Vaccination in Bombay 1856-1862 - 1856-1862
Year: 1856
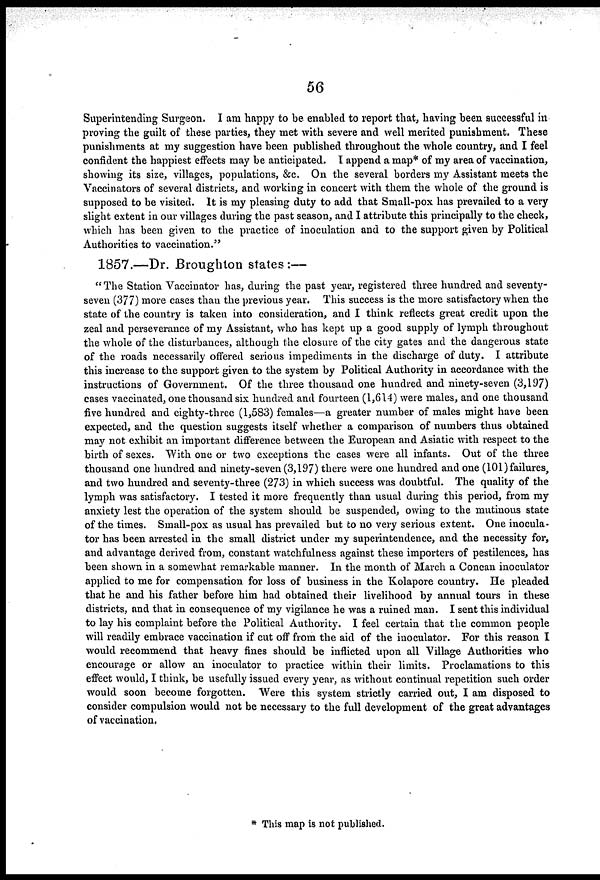
56
Superintending Surgeon. I am happy to be enabled to report that, having been successful in
proving the guilt of these parties, they met with severe and well merited punishment. These
punishments at my suggestion have been published throughout the whole country, and I feel
confident the happiest effects may be anticipated. I append a map* of my area of vaccination,
showing its size, villages, populations, &c. On the several borders my Assistant meets the
Vaccinators of several districts, and working in concert with them the whole of the ground is
supposed to be visited. It is my pleasing duty to add that Small-pox has prevailed to a very
slight extent in our villages during the past season, and I attribute this principally to the check,
which has been given to the practice of inoculation and to the support given by Political
Authorities to vaccination."
1857.—Dr. Broughton states:—
"The Station Vaccinator has, during the past year, registered three hundred and seventy-
seven (377) more cases than the previous year. This success is the more satisfactory when the
state of the country is taken into consideration, and I think reflects great credit upon the
zeal and perseverance of my Assistant, who has kept up a good supply of lymph throughout
the whole of the disturbances, although the closure of the city gates and the dangerous state
of the roads necessarily offered serious impediments in the discharge of duty. I attribute
this increase to the support given to the system by Political Authority in accordance with the
instructions of Government. Of the three thousand one hundred and ninety-seven (3,197)
cases vaccinated, one thousand six hundred and fourteen (1,614) were males, and one thousand
five hundred and eighty-three (1,583) females—a greater number of males might have been
expected, and the question suggests itself whether a comparison of numbers thus obtained
may not exhibit an important difference between the European and Asiatic with respect to the
birth of sexes. With one or two exceptions the cases were all infants. Out of the three
thousand one hundred and ninety-seven (3,197) there were one hundred and one (101) failures,
and two hundred and seventy-three (273) in which success was doubtful. The quality of the
lymph was satisfactory. I tested it more frequently than usual during this period, from my
anxiety lest the operation of the system should be suspended, owing to the mutinous state
of the times. Small-pox as usual has prevailed but to no very serious extent. One inocula-
tor has been arrested in the small district under my superintendence, and the necessity for,
and advantage derived from, constant watchfulness against these importers of pestilences, has
been shown in a somewhat remarkable manner. In the month of March a Concan inoculator
applied to me for compensation for loss of business in the Kolapore country. He pleaded
that he and his father before him had obtained their livelihood by annual tours in these
districts, and that in consequence of my vigilance he was a ruined man. I sent this individual
to lay his complaint before the Political Authority. I feel certain that the common people
will readily embrace vaccination if cut off from the aid of the inoculator. For this reason I
would recommend that heavy fines should be inflicted upon all Village Authorities who
encourage or allow an inoculator to practice within their limits. Proclamations to this
effect would, I think, be usefully issued every year, as without continual repetition such order
would soon become forgotten. Were this system strictly carried out, I am disposed to
consider compulsion would not be necessary to the full development of the great advantages
of vaccination.
* This map is not published.